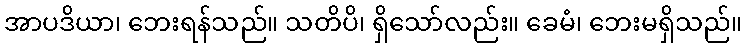
အာပဒိယာ၊ ဘေးရန်သည်။ သတိပိ၊ ရှိသော်လည်း။ ခေမံ၊ ဘေးမရှိသည်။